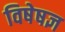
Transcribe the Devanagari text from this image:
विषेषज्ञ